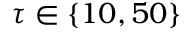
\tau \in \{ 1 0 , 5 0 \}